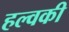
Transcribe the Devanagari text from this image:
हल्वकी